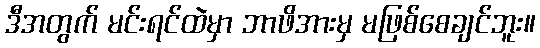
ဒီအတွက် မင်းရင်ထဲမှာ ဘာဖိအားမှ မဖြစ်စေချင်ဘူး။